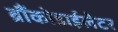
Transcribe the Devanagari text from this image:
ब्रौंकोडाईलेटर